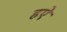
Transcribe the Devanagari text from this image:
हऐ